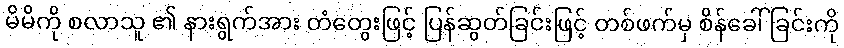
မိမိကို စလာသူ ၏ နားရွက်အား တံတွေးဖြင့် ပြန်ဆွတ်ခြင်းဖြင့် တစ်ဖက်မှ စိန်ခေါ်ခြင်းကို